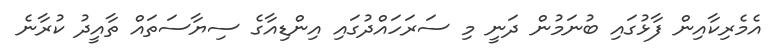
އެމެރިކާއިން ފާޅުގައި ބުނަމުން ދަނީ މި ސަރަހައްދުގައި އިންޑިއާގެ ސިޔާސަތައް ތާއީދު ކުރާނެ